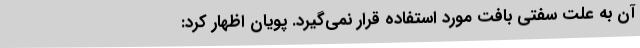
آن به علت سفتی بافت مورد استفاده قرار نمی‌گیرد. پویان اظهار کرد: